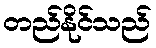
တည်နိုင်သည်